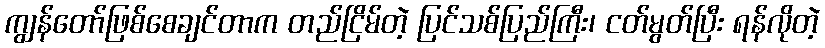
ကျွန်တော်ဖြစ်စေချင်တာက တည်ငြိမ်တဲ့ ပြင်သစ်ပြည်ကြီး၊ ငတ်မွတ်ပြီး ရန်လိုတဲ့